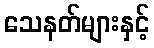
သေနတ်များနှင့်